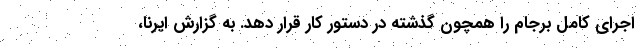
اجرای کامل برجام را همچون گذشته در دستور کار قرار دهد. به گزارش ایرنا،